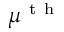
\mu ^ { \mathrm { ~ t ~ h ~ } }